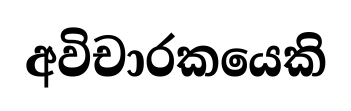
අවිචාරකයෙකි